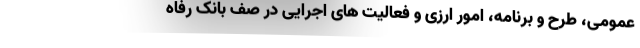
عمومی، طرح و برنامه، امور ارزی و فعالیت های اجرایی در صف بانک رفاه